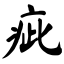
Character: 疵